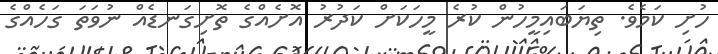
ހުށި ކަމެވެ. ތިޔަބައިމީހުން ކުރެ މީހަކަށް ކަދުރު އޮށެއްގެ ތޮށިގަނޑެއް ނުވަތަ ގަހެއްގެ